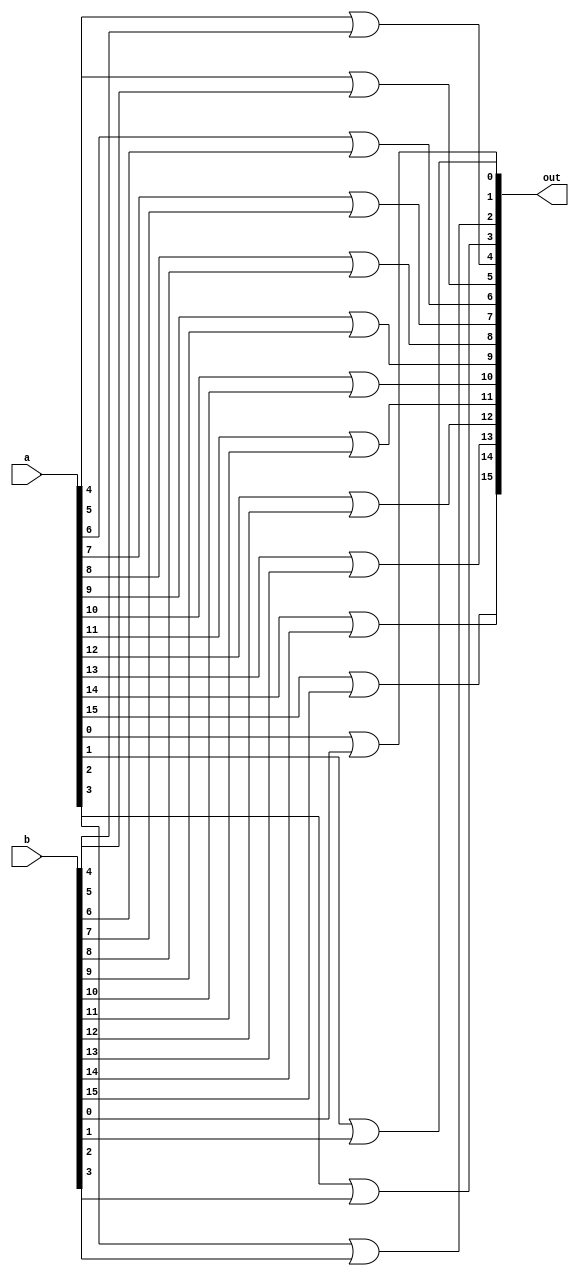
module or16(
  output [15:0] out,
  input [15:0] a, b);
  
  or
    or0(out[0], a[0], b[0]),
    or1(out[1], a[1], b[1]),
    or2(out[2], a[2], b[2]),
    or3(out[3], a[3], b[3]),
    or4(out[4], a[4], b[4]),
    or5(out[5], a[5], b[5]),
    or6(out[6], a[6], b[6]),
    or7(out[7], a[7], b[7]),
    or8(out[8], a[8], b[8]),
    or9(out[9], a[9], b[9]),
    or10(out[10], a[10], b[10]),
    or11(out[11], a[11], b[11]),
    or12(out[12], a[12], b[12]),
    or13(out[13], a[13], b[13]),
    or14(out[14], a[14], b[14]),
    or15(out[15], a[15], b[15]);
    
endmodule